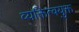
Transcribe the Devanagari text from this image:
व्यक्तित्वयुक्त